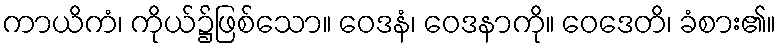
ကာယိကံ၊ ကိုယ်၌ဖြစ်သော။ ဝေဒနံ၊ ဝေဒနာကို။ ဝေဒေတိ၊ ခံစား၏။